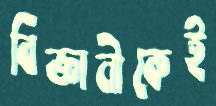
বিজ্ঞানীকেই